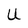
Character: U